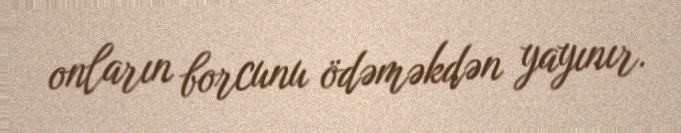
onların borcunu ödəməkdən yayınır.